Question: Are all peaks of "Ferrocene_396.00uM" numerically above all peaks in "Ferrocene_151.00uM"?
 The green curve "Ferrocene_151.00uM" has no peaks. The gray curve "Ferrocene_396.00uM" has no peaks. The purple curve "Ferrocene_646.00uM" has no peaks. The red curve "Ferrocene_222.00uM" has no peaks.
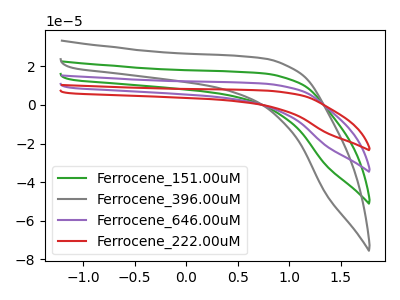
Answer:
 <answer>Niether CV has any peaks.</answer>
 <eval>blanks</eval>